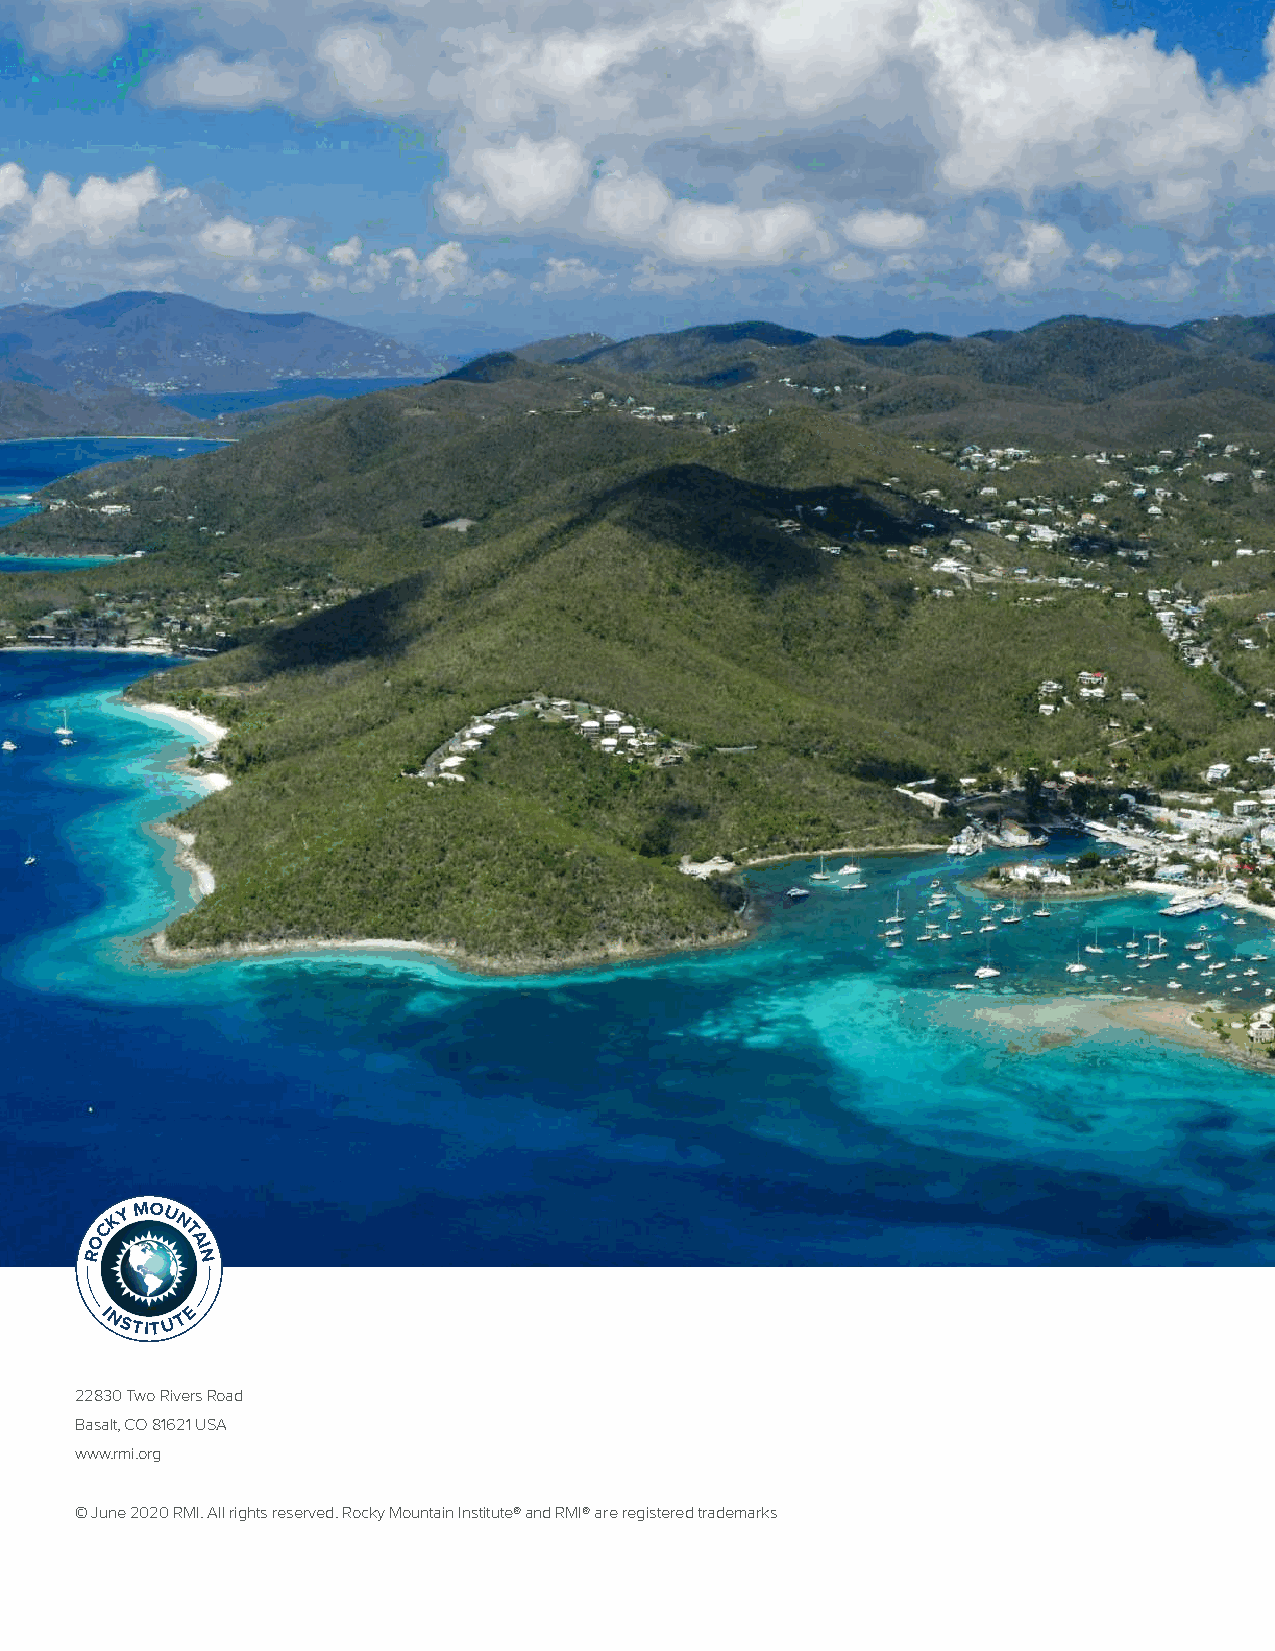
OCK
 Y M OU
 N
 T
 A
 R      IN
 I NSTITU T E
 22830 Two Rivers Road
 Basalt, CO 81621 USA
 www.rmi.org
 © June 2020 RMI. All rights reserved. Rocky Mountain Institute® and RMI® are registered trademarks